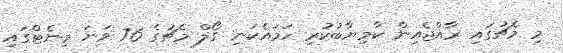
މި މެޗުގައި ރާއްޖެއިން ކާމިޔާބުކުރި ހަމައެކަނި ގޯލް މެޗުގެ 76 ވަނަ މިނެޓްގައި